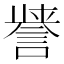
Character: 𮘤